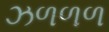
ઝળળળ